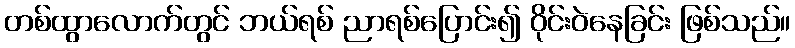
တစ်ထွာလောက်တွင် ဘယ်ရစ် ညာရစ်ပြောင်း၍ ဝိုင်းဝဲနေခြင်း ဖြစ်သည်။